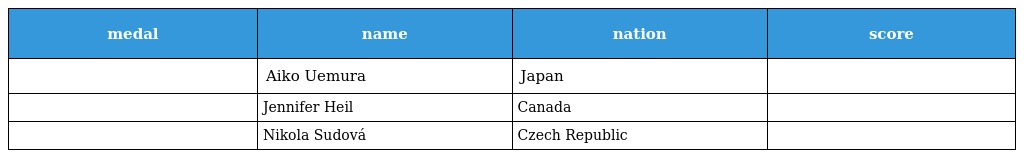
| medal | name | nation | score |
 | --- | --- | --- | --- |
 |  | Aiko Uemura | Japan |  |
 |  | Jennifer Heil | Canada |  |
 |  | Nikola Sudová | Czech Republic |  |